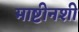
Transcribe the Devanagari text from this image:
माष्टीनशी